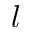
l